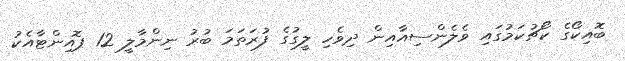
ބޮއިކޯގެ ކޯޗުކަމުގައި ވެލެންސިއާއިން ދިވެހި ލީގުގެ ފުރަތަމަ ބުރު ނިންމާލީ 12 ޕޮއިންޓާއެކު